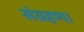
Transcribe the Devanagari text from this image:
संग्रहण।